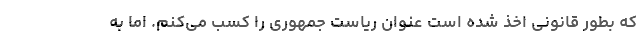
که بطور قانونی اخذ شده است عنوان ریاست جمهوری را کسب می‌کنم. اما به